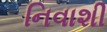
નિવાશી